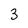
Character: 3